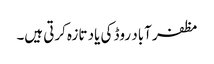
مظفر آباد روڈ کی یاد تازہ کرتی ہیں۔